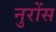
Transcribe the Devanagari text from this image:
नुरोंस